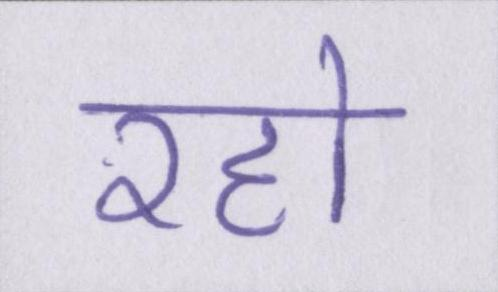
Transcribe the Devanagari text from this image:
रहो